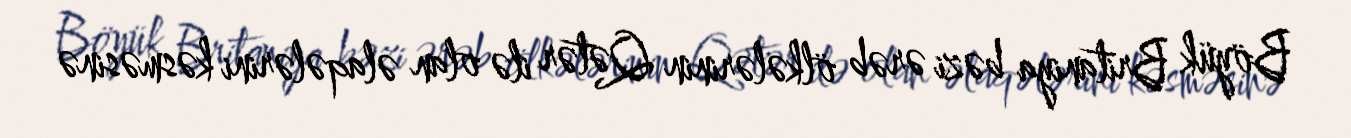
Böyük Britaniya bəzi ərəb ölkələrinin Qətər ilə olan əlaqələrini kəsməsinə